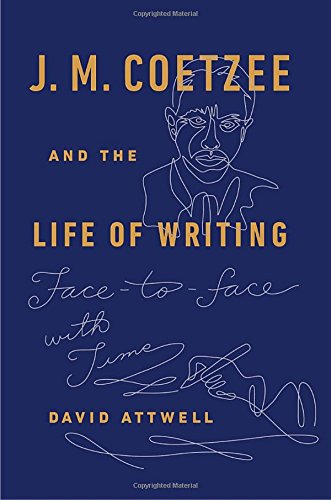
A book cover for J. M. Coetzee and the Life of Writing: Face-to-face with Time; David Attwell; Literature & Fiction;